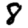
Digit: 8